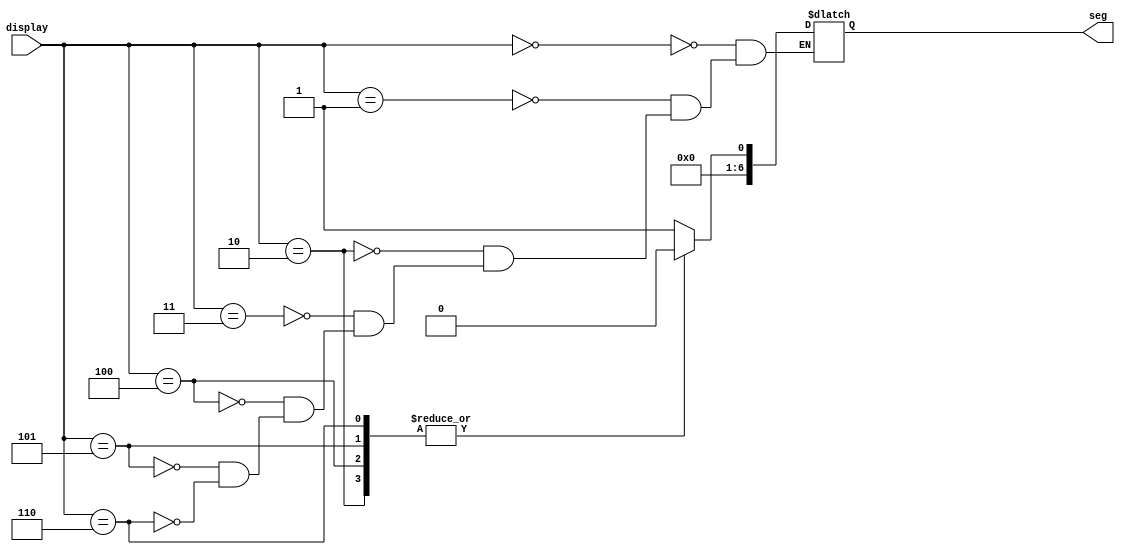
module seven_seg(
    input [3:0] display,
    output reg [6:0] seg);
    always @(display)
    begin
    case(display)
    0:seg= 1'b1110001;//L
    1:seg= 1'b1000001;//U
    2:seg= 1'b0111000;//F
    3:seg= 1'b0000001;//O
    4:seg= 1'b0011000;//P
    5:seg= 1'b0110000;//E
    6:seg= 1'b1101100;//n
   endcase
   end     
    
endmodule